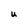
Character: U